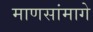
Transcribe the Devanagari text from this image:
माणसांमागे